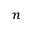
_ n